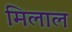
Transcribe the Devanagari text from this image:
मिलाल